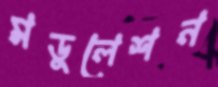
মডুলেশন